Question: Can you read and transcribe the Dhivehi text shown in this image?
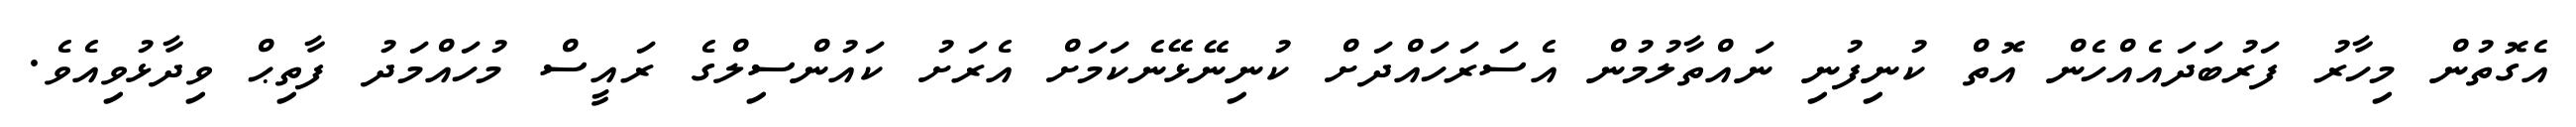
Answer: އެގޮތުން މިހާރު ފަރުބަދައެއްހެން އޮތް ކުނިފުނި ނައްތާލުމުން އެސަރަހައްދަށް ކުނިނޭޅޭނެކަމަށް އެރަށު ކައުންސިލްގެ ރައީސް މުހައްމަދު ފާތިޙް ވިދާޅުވިއެވެ.